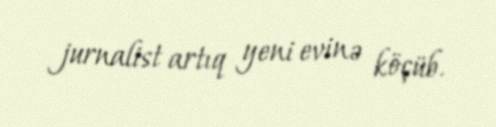
jurnalist artıq yeni evinə köçüb.